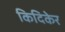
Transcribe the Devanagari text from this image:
किदिकेर